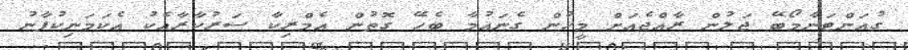
ގުއަންޓަނާމޯބޭ ޖަލުން ރާއްޖެއަށް މީހުން ގެނައުމާ ބެހޭ ގޮތުން އެމްރިކާ ސަރުކާރާއެކު އެކަމަނިކުފާނު